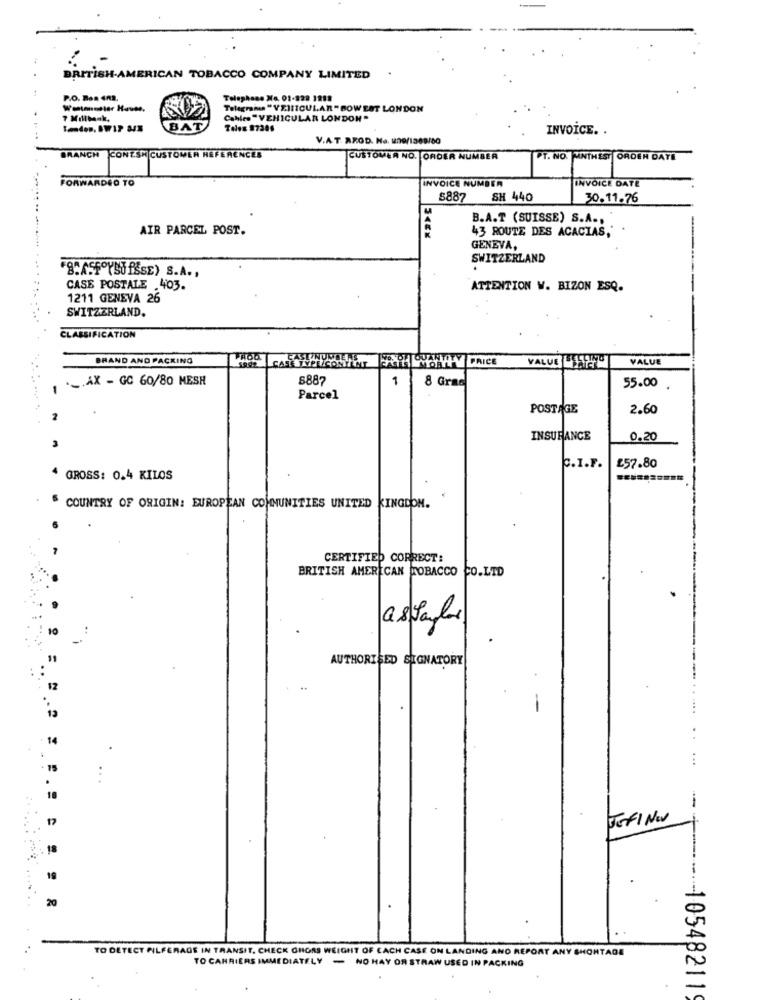
BRITISH-AMERICAN TOBACCO COMPANY LIMITED
P.O. Bas 4A2.
Telephone X4. 01-229 1211
Wotanneler Hause.
Telegrams "VEIITCULAR " BOWEST LONDON
7 Millbank,
Cables "VEHICULAR LONDON "
BAT
Tales 37286
INVOICE. .
V.A.T. RROD. Na. 1209/1369/60
BRANCH CONT.SH CUSTOMER REFERENCES
CUSTOMER NO. ORDER NUMBER
PT. NO. MINTHEST ORDEN DATE
FORWARDED TO
INVOICE NUMBER
INVOICE DATE
8887 SH 440
30.11.76
B.A.T (SUISSE) S.A .,
AIR PARCEL POST.
43 ROUTE DES ACACIAS,"
GENEVA,
SWITZERLAND
8.ASF YSUSE) S.A .,
CASE POSTALE .403.
ATTENTION W. BIZON ESQ.
1211 GENEVA 26
SWITZERLAND.
CLASSIFICATION
BRAND AND PACKING
VALUE 14
VALUE
.. AX - GC 60/80 MESH
8887
1
8 Gras
55.00
Parcel
POSTAGE
2.60
INSURANCE
0.20
C.I.F.
£57.80
GROSS: 0.4 KILOS
COUNTRY OF ORIGIN: EUROPEAN COMMUNITIES UNITED
KINGDOM.
CERTIFIED CORRECT:
BRITISH AMERICAN TOBACCO CO.LTD
10
as taylor
"1
AUTHORISED SIGNATORY
12
. 2
14
15
...
-
17
JEfl Nev
19
20
TO DETECT PILFERAGE IN TRANSIT. CHECK GHORS WEIGHT OF CACH CASE ON LANDING AND REPORT ANY SHORTAGE
TO CARRIERS IMMEDIATELY - NO HAY OR STRAW USED IN PACKING
---- 10548211